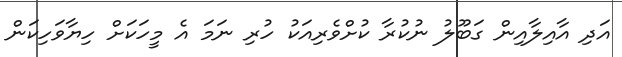
އަދި އާއިލާއިން ގަބޫލު ނުކުރާ ކުށްވެރިއަކު ހުރި ނަމަ އެ މީހަކަށް ހިޔާވަހިކަން